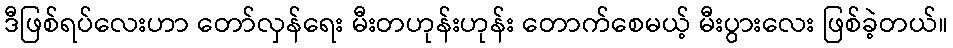
ဒီဖြစ်ရပ်လေးဟာ တော်လှန်ရေး မီးတဟုန်းဟုန်း တောက်စေမယ့် မီးပွားလေး ဖြစ်ခဲ့တယ်။